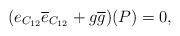
LaTeX: \begin{align*}(e_{C_{12}}\overline e_{C_{12}} + g\overline g)(P)=0,\end{align*}